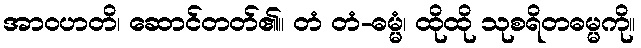
အာဝဟတိ၊ ဆောင်တတ်၏။ တံ တံ-ဓမ္မံ၊ ထိုထို သုစရိတဓမ္မကို။